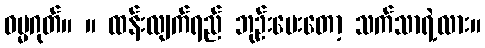
ဓမ္မဂုတ်။ ။ ထန်းလျက်ရည် ဘုဉ်းပေးတော့ သက်သာရဲ့လား။